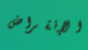
الإنقراض